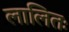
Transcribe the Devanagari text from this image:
लालितः